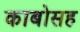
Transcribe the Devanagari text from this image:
काबोसह